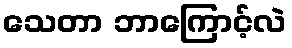
သေတာ ဘာကြောင့်လဲ